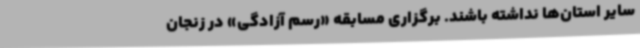
سایر استان‌ها نداشته باشند. برگزاری مسابقه «رسم آزادگی» در زنجان